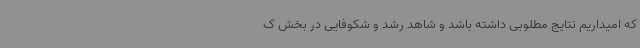
که امیداریم نتایج مطلوبی داشته باشد و شاهد رشد و شکوفایی در بخش ک